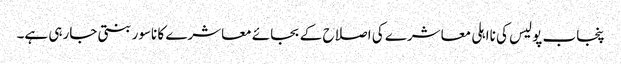
پنجاب پولیس کی نااہلی معاشرے کی اصلاح کے بجائے معاشرے کا ناسور بنتی جارہی ہے۔